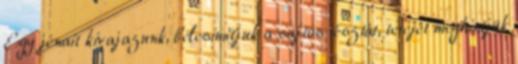
Egy jénait kivajazunk, belesimítjuk a sajtos tésztát, tetejét meghintjük